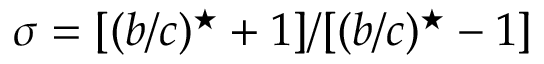
\sigma = [ ( b / c ) ^ { \star } + 1 ] / [ ( b / c ) ^ { \star } - 1 ]